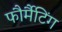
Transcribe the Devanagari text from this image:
फौर्मैटिंग